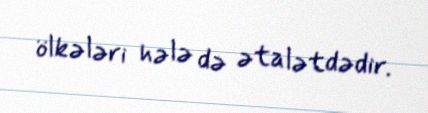
ölkələri hələ də ətalətdədir.